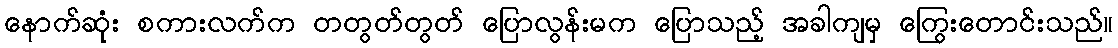
နောက်ဆုံး စကားလက်က တတွတ်တွတ် ပြောလွန်းမက ပြောသည့် အခါကျမှ ကြွေးတောင်းသည်။